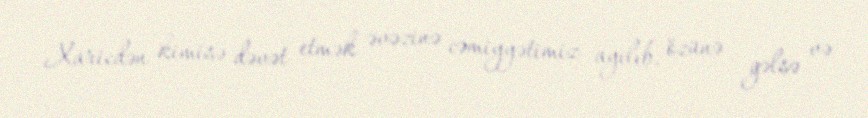
Xaricdən kimisə dəvət etmək əvəzinə cəmiyyətimiz ayılıb, özünə gəlsə və